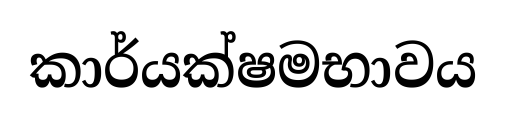
කාර්යක්ෂමභාවය